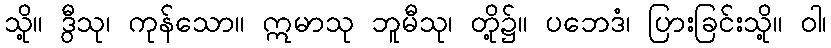
သို့။ ဒွီသု၊ ကုန်သော။ ဣမာသု ဘူမီသု၊ တို့၌။ ပဘေဒံ၊ ပြားခြင်းသို့။ ဝါ၊